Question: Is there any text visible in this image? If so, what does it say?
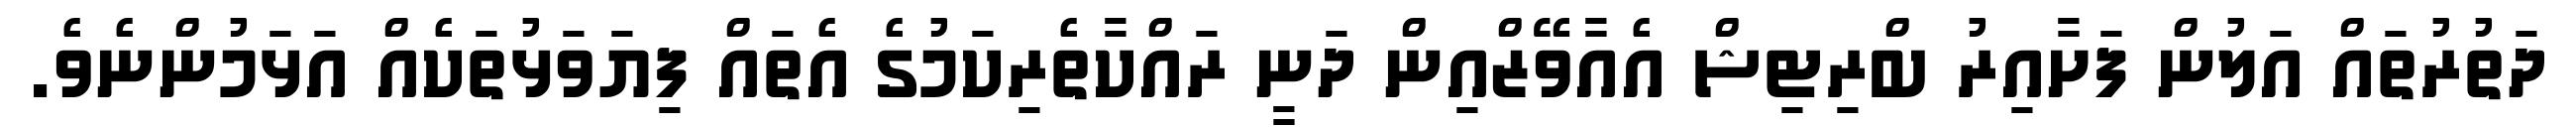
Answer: ދަތުރުތައް އަލުން ފަށާއިރު ބްރިޓިޝް އެއާވޭޒްއިން ދަނީ ރައްކާތެރިކަމުގެ އެތައް ފިޔަވަޅުތަކެއް އަޅަމުންނެވެ.